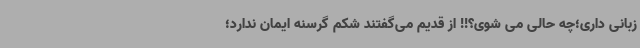
زبانی داری؛چه حالی می شوی؟!! از قدیم می‌گفتند شکم گرسنه ایمان ندارد؛